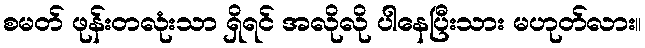
စမတ် ဖုန်းတလုံးသာ ရှိရင် အလိုလို ပါနေပြီးသား မဟုတ်လား။